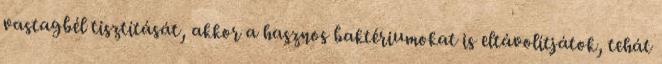
vastagbél tisztítását, akkor a hasznos baktériumokat is eltávolítjátok, tehát